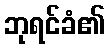
ဘုရင်ခံ၏